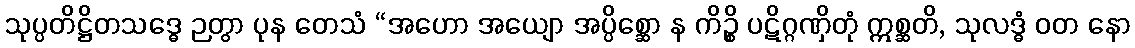
သုပ္ပတိဋ္ဌိတသဒ္ဓေ ဉတွာ ပုန တေသံ “အဟော အယျော အပ္ပိစ္ဆော န ကိဉ္စိ ပဋိဂ္ဂဏှိတုံ ဣစ္ဆတိ, သုလဒ္ဓံ ဝတ နော